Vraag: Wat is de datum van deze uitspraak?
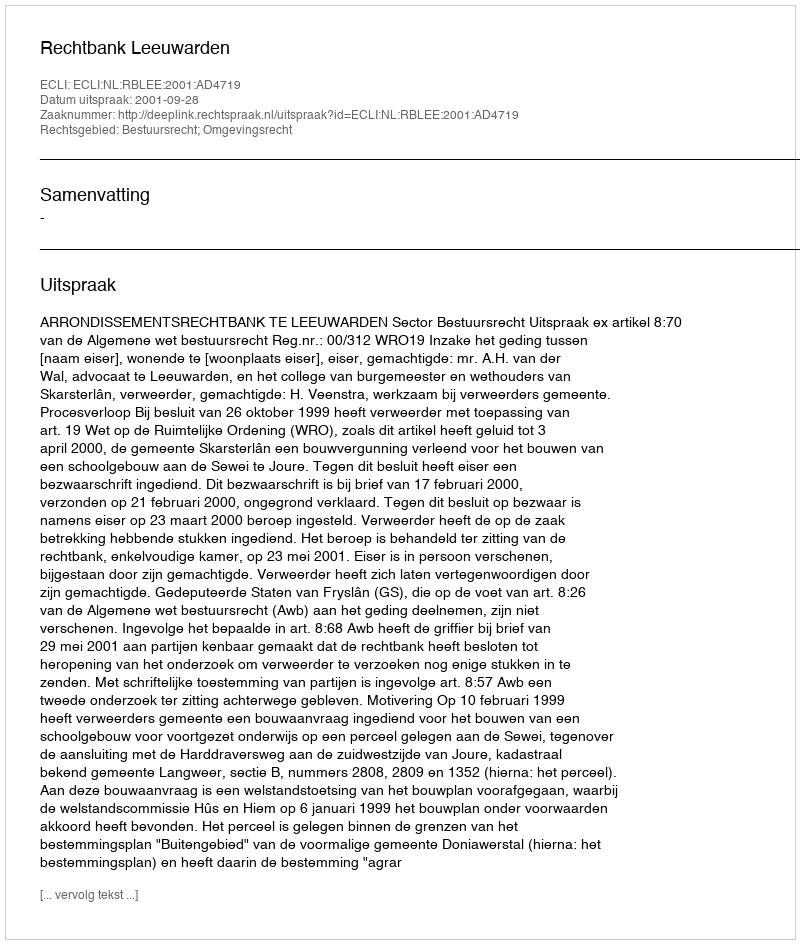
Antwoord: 2001-09-28